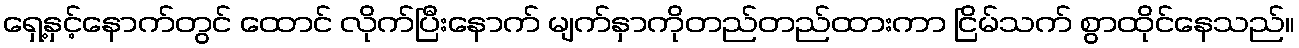
ရှေ့နှင့်နောက်တွင် ထောင် လိုက်ပြီးနောက် မျက်နှာကိုတည်တည်ထားကာ ငြိမ်သက် စွာထိုင်နေသည်။